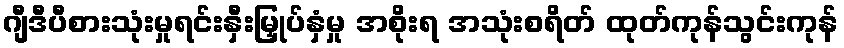
ဂျီဒီပီစားသုံးမှုရင်းနှီးမြှုပ်နှံမှု အစိုးရ အသုံးစရိတ် ထုတ်ကုန်သွင်းကုန်